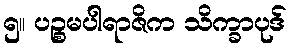
၅။ ပဉ္စမပါရာဇိက သိက္ခာပုဒ်